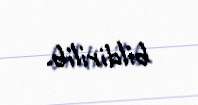
bildirilib.